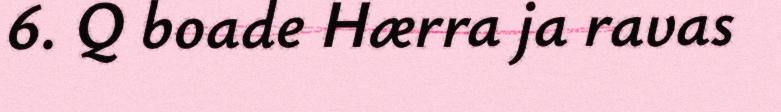
6. Q boade Hærra ja ravas